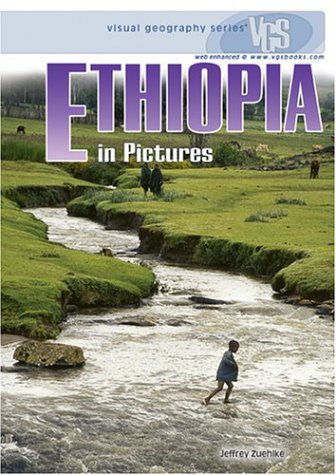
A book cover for Ethiopia in Pictures, 2nd Edition (Visual Geography (Twenty-First Century)); Sam Schultz; History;